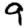
Digit: 9